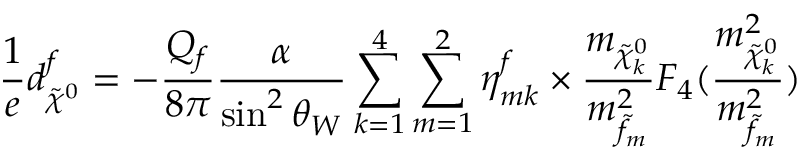
\frac { 1 } { e } d _ { \tilde { \chi } ^ { 0 } } ^ { f } = - \frac { Q _ { f } } { 8 \pi } \frac { \alpha } { \sin ^ { 2 } \theta _ { W } } \sum _ { k = 1 } ^ { 4 } \sum _ { m = 1 } ^ { 2 } \eta _ { m k } ^ { f } \times \frac { m _ { \tilde { \chi } _ { k } ^ { 0 } } } { m _ { \tilde { f } _ { m } } ^ { 2 } } F _ { 4 } ( \frac { m _ { \tilde { \chi } _ { k } ^ { 0 } } ^ { 2 } } { m _ { \tilde { f } _ { m } } ^ { 2 } } )